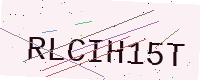
Text: RLCIH15T